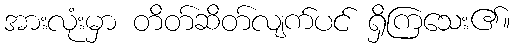
အားလုံးမှာ တိတ်ဆိတ်လျက်ပင် ရှိကြသေး၏။